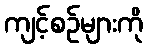
ကျင့်စဉ်များကို